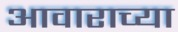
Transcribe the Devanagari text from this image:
आवाराच्या